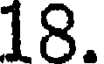
18.